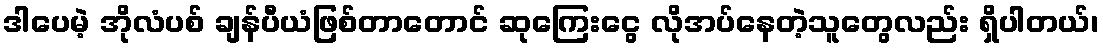
ဒါပေမဲ့ အိုလံပစ် ချန်ပီယံဖြစ်တာတောင် ဆုကြေးငွေ လိုအပ်နေတဲ့သူတွေလည်း ရှိပါတယ်၊